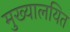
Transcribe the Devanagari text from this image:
मुख्यालयित